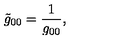
{ \tilde { g } _ { 0 0 } } = \frac { 1 } { \Huge g _ { 0 0 } } ,